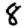
Digit: 8